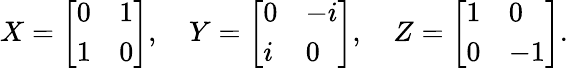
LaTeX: X=\left[\begin{array}{ll}{0}&{1}\\ {1}&{0}\end{array}\right],\quad Y=\left[\begin{array}{ll}{0}&{-i}\\ {i}&{0}\end{array}\right],\quad Z=\left[\begin{array}{ll}{1}&{0}\\ {0}&{-1}\end{array}\right].